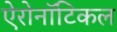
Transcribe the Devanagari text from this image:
ऐरोनॉटिकल